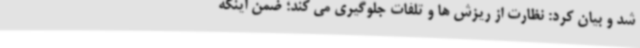
شد و بیان کرد: نظارت از ریزش ها و تلفات جلوگیری می کند؛ ضمن اینکه